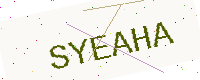
Text: SYEAHA